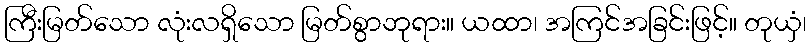
ကြီးမြတ်သော လုံးလရှိသော မြတ်စွာဘုရား။ ယထာ၊ အကြင်အခြင်းဖြင့်။ တုယှံ၊